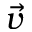
\vec { v }